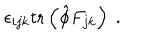
\epsilon _ { i j k } \mathrm { t r } \left( \hat { \phi } F _ { j k } \right) \ .